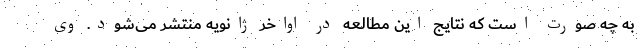
به چه صورت است که نتایج این مطالعه در اواخر ژانویه منتشر می‌شود. وی